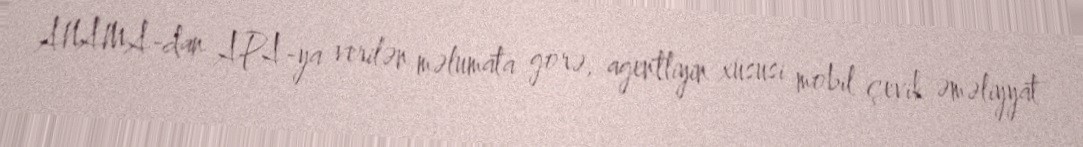
ANAMA-dan APA-ya verilən məlumata görə, agentliyin xüsusi mobil çevik əməliyyat